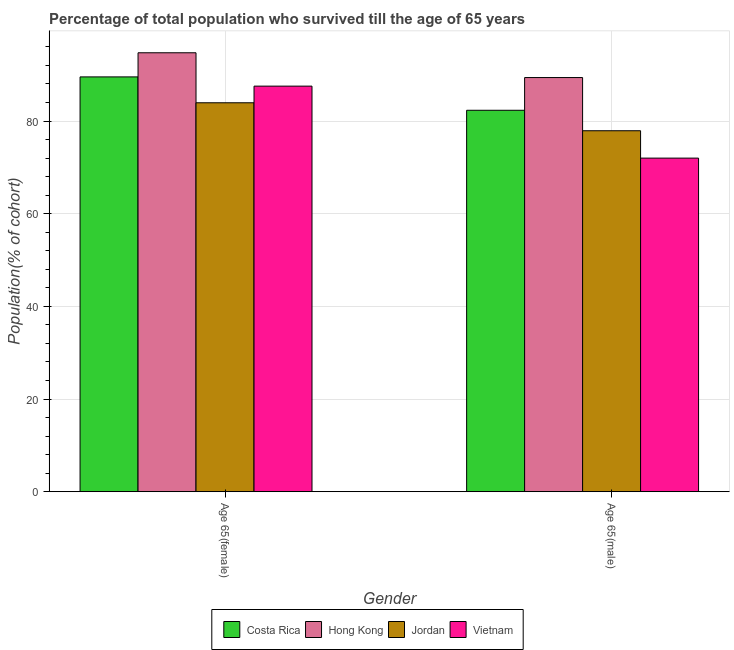
| Gender | Costa Rica | Hong Kong | Jordan | Vietnam |
 | --- | --- | --- | --- | --- |
 | Age 65(female) | 89.5 | 94.7 | 83.9 | 87.5 |
 | Age 65(male) | 82.3 | 89.4 | 77.9 | 72 |